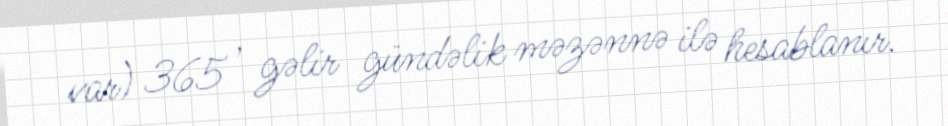
var) 365 , gəlir gündəlik məzənnə ilə hesablanır.